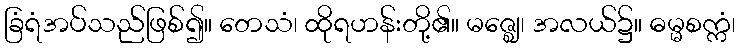
ခြံရံအပ်သည်ဖြစ်၍။ တေသံ၊ ထိုရဟန်းတို့၏။ မဇ္ဈေ၊ အလယ်၌။ ဓမ္မစက္ကံ၊